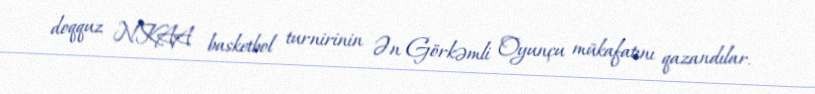
doqquz NKAA basketbol turnirinin Ən Görkəmli Oyunçu mükafatını qazandılar.